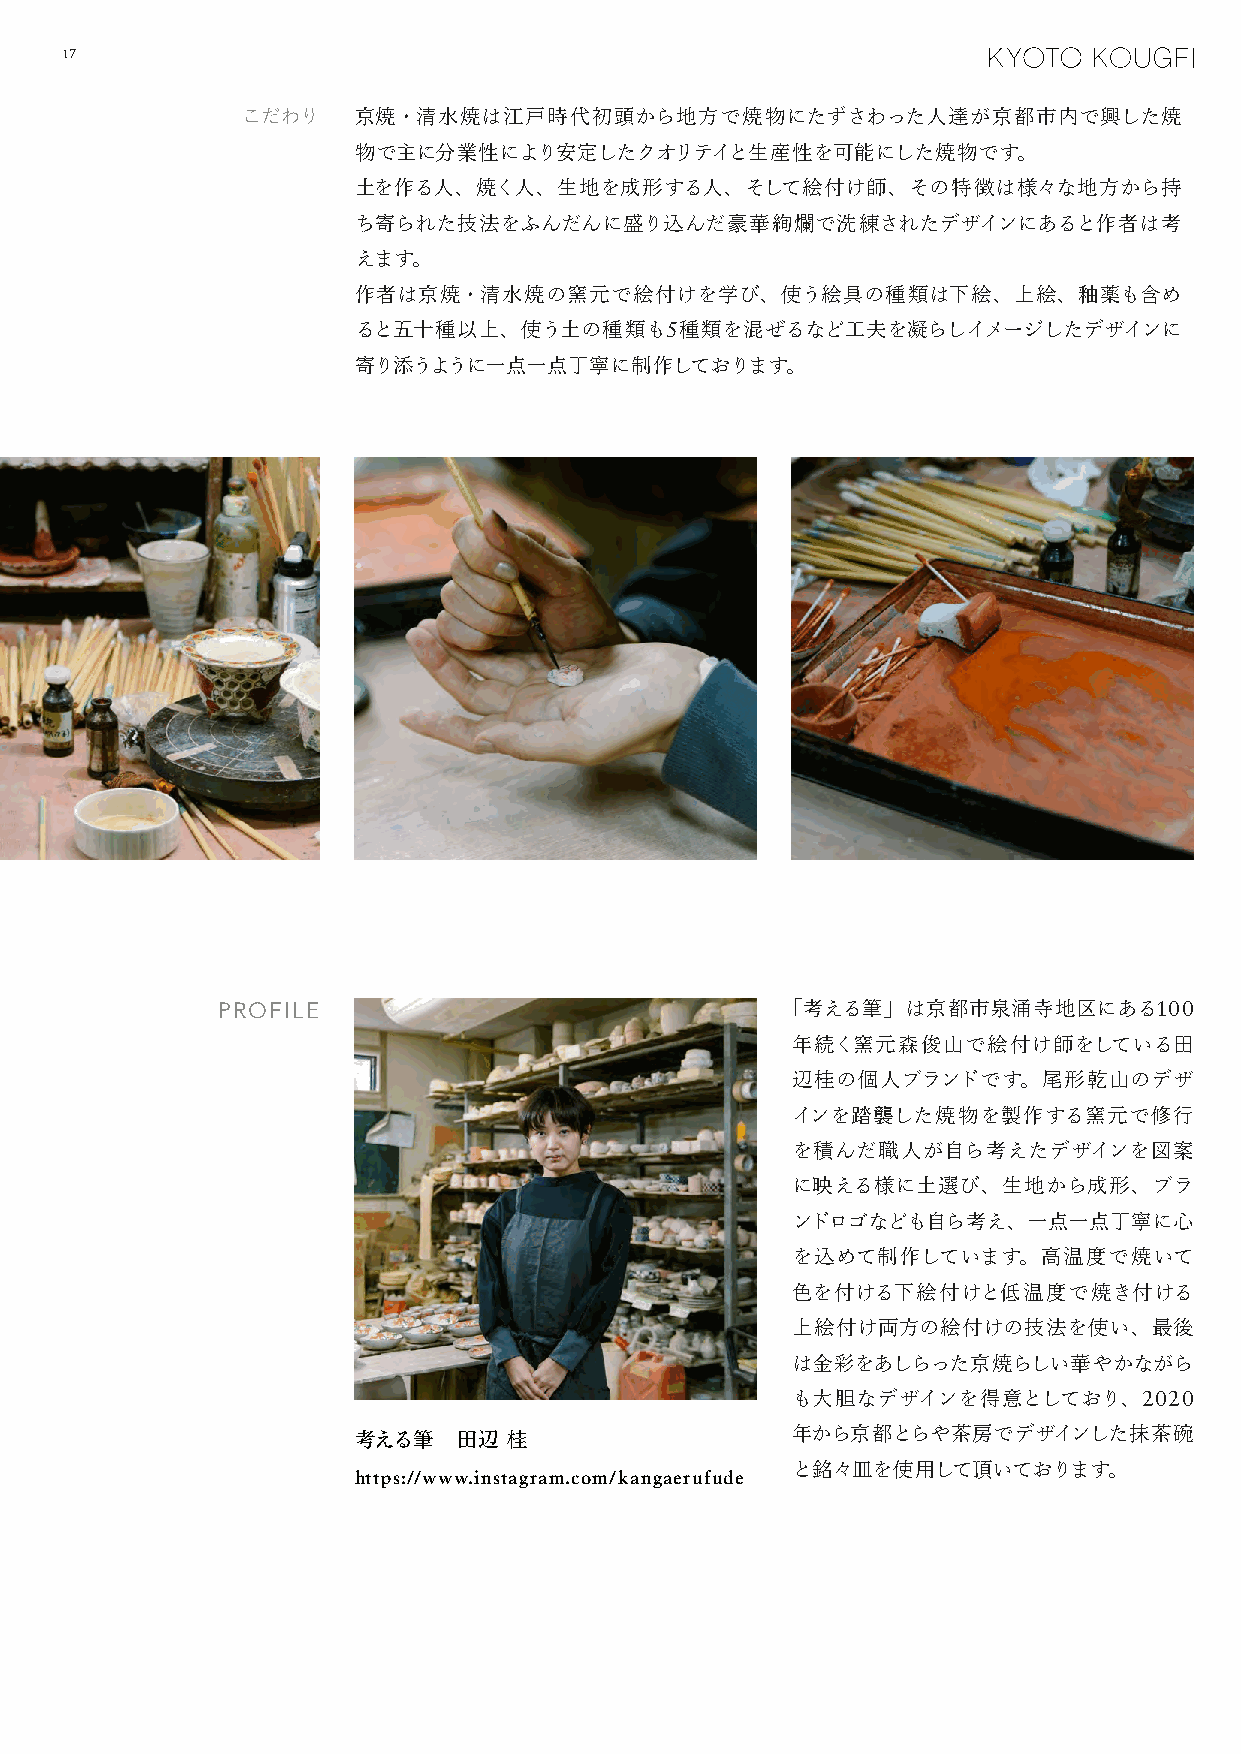
17
 こだわり   京焼・清水焼は江戸時代初頭から地方で焼物にたずさわった人達が京都市内で興した焼
 物で主に分業性により安定したクオリテイと生産性を可能にした焼物です。
 土を作る人、焼く人、生地を成形する人、そして絵付け師、その特徴は様々な地方から持
 ち寄られた技法をふんだんに盛り込んだ豪華絢爛で洗練されたデザインにあると作者は考
 えます。
 作者は京焼・清水焼の窯元で絵付けを学び、使う絵具の種類は下絵、上絵、釉薬も含め
 ると五十種以上、使う土の種類も5種類を混ぜるなど工夫を凝らしイメージしたデザインに
 寄り添うように一点一点丁寧に制作しております。
 PROFILE                               「考える筆」は京都市泉涌寺地区にある100
 年続く窯元森俊山で絵付け師をしている田
 辺桂の個人ブランドです。尾形乾山のデザ
 インを踏襲した焼物を製作する窯元で修行
 を積んだ職人が自ら考えたデザインを図案
 に映える様に土選び、生地から成形、ブラ
 ンドロゴなども自ら考え、一点一点丁寧に心
 を込めて制作しています。高温度で焼いて
 色を付ける下絵付けと低温度で焼き付ける
 上絵付け両方の絵付けの技法を使い、最後
 は金彩をあしらった京焼らしい華やかながら
 も大胆なデザインを得意としており、2020
 考える筆   田辺  桂
 年から京都とらや茶房でデザインした抹茶碗
 と銘々皿を使用して頂いております。
 https://www.instagram.com/kangaerufude